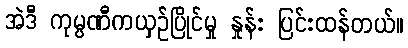
အဲဒီ ကုမ္ပဏီကယှဉ်ပြိုင်မှု နှုန်း ပြင်းထန်တယ်။